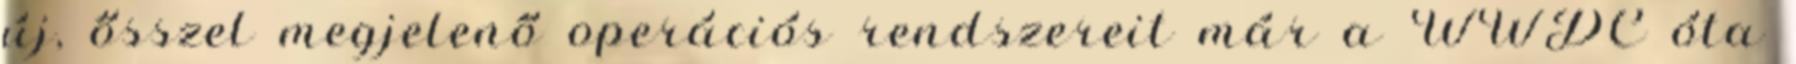
új, ősszel megjelenő operációs rendszereit már a WWDC óta